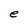
Character: e